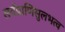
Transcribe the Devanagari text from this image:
सर्वप्राणिसुलभत्व